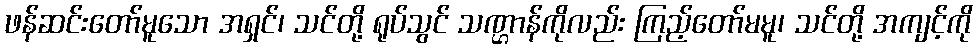
ဖန်ဆင်းတော်မူသော အရှင်၊ သင်တို့ ရုပ်သွင် သဏ္ဌာန်ကိုလည်း ကြည့်တော်မမူ၊ သင်တို့ အကျင့်ကို